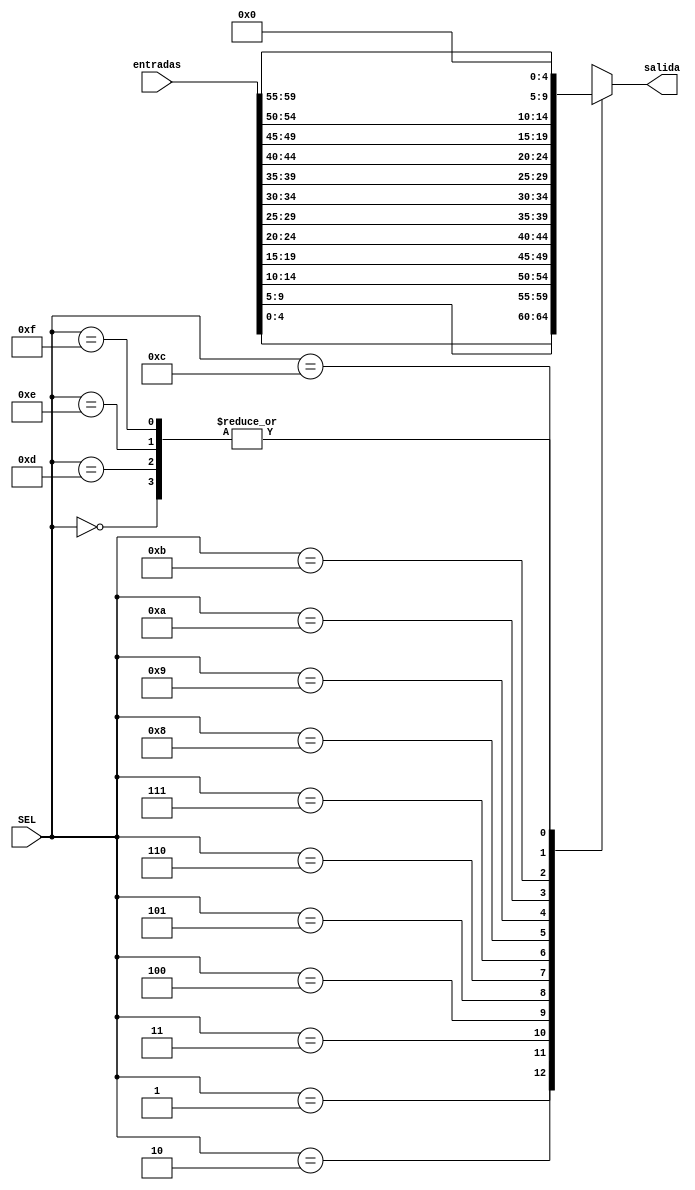
`timescale 1ns / 1ps
//////////////////////////////////////////////////////////////////////////////////
// Company: 
// Engineer: 
// 
// Design Name: 
// Module Name: Mux_16_1_5b
// Project Name: 
// Target Devices: 
// Tool Versions: 
// Description: 
// 
// Dependencies: 
// 
// Revision:
// Revision 0.01 - File Created
// Additional Comments:
// 
//////////////////////////////////////////////////////////////////////////////////


module Mux_16_1_5b(input [3:0] SEL, input [59:0] entradas, output reg [4:0] salida
    );
    always @(SEL, entradas)
        case(SEL)
            4'b0000: salida <= 5'b00000;
            4'b0001: salida <= entradas[4:0];
            4'b0010: salida <= entradas[9:5];
            4'b0011: salida <= entradas[14:10];
            4'b0100: salida <= entradas[19:15];
            4'b0101: salida <= entradas[24:20];
            4'b0110: salida <= entradas[29:25];
            4'b0111: salida <= entradas[34:30];
            4'b1000: salida <= entradas[39:35];
            4'b1001: salida <= entradas[44:40];
            4'b1010: salida <= entradas[49:45];
            4'b1011: salida <= entradas[54:50];
            4'b1100: salida <= entradas[59:55];
            4'b1101: salida <= 5'b00000;
            4'b1110: salida <= 5'b00000;
            4'b1111: salida <= 5'b00000;
        endcase
endmodule